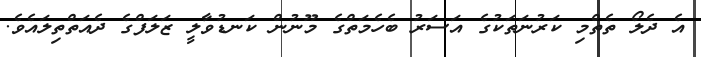
އެ ދެލޯ ތެތްމި ކަރުނަތަކުގެ އަސަރު ބެހެމަތްގެ މޫނުން ކަނޑުވާލީ ޒަލަފްގެ ދެއަތްތިލައެވެ.